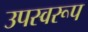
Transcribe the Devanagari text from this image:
उपस्वरूप